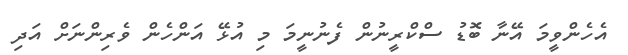
އެހެންވީމަ އޭނާ ބޮޑު ސްކްރީނުން ފެނުނީމަ މި އުޅޭ އަންހެން ވެރިންނަށް އަދި